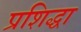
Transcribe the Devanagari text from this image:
प्रशिद्धा